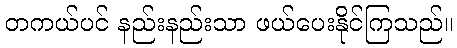
တကယ်ပင် နည်းနည်းသာ ဖယ်ပေးနိုင်ကြသည်။